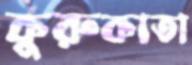
কুরুকাতা